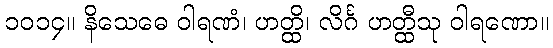
၁၀၁၄။ နိသေဓေ ဝါရဏံ၊ ဟတ္ထိ၊ လိင်္ဂ ဟတ္ထီသု ဝါရဏော။